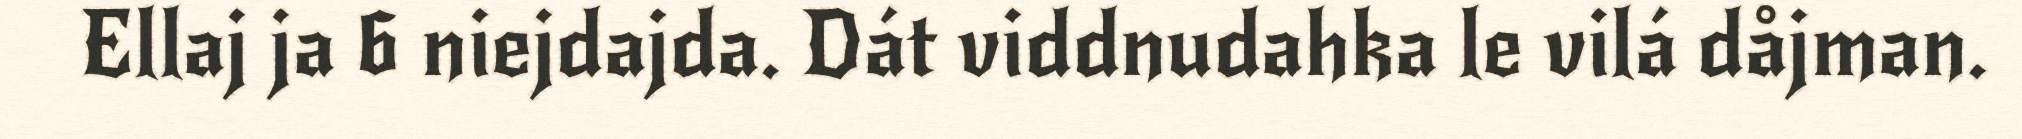
Ellaj ja 6 niejdajda. Dát viddnudahka le vilá dåjman.